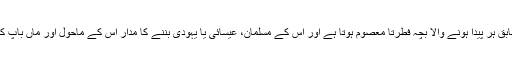
اسلامی عقیدہ کے مطابق ہر پیدا ہونے والا بچہ فطرتاً معصوم ہوتا ہے اور اس کے مسلمان، عیسائی یا یہودی بننے کا مدار اس کے ماحول اور ماں باپ کی تربیت پر ہوتا ہے۔